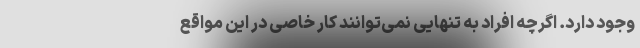
وجود دارد. اگرچه افراد به تنهایی نمی‌توانند کار خاصی در این مواقع